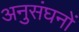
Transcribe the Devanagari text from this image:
अनुसंघनों